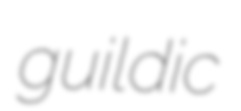
guildic